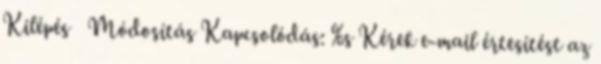
Kilépés Módosítás Kapcsolódás: %s Kérek e-mail értesítést az